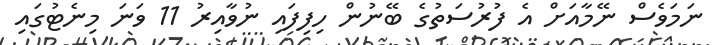
ނަމަވެސް ނޭމާއަށް އެ ފުރުސަތުގެ ބޭނުން ހިފިފައި ނުވާއިރު 11 ވަނަ މިނެޓުގައި